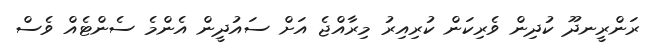
ރަންރީނދޫ ކުދިން ވެރިކަން ކުރިއިރު މިރާއްޖެ އަށް ސައުދީން އެންމެ ސެންޓެއް ވެސް